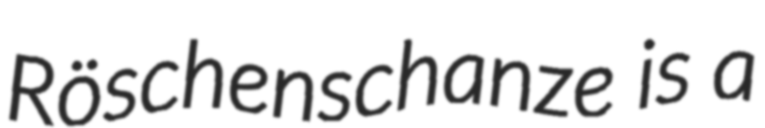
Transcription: Röschenschanze is a